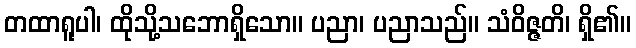
တထာရူပါ၊ ထိုသို့သဘောရှိသော။ ပညာ၊ ပညာသည်။ သံဝိဇ္ဇတိ၊ ရှိ၏။